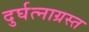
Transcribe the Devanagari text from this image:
दुर्घत्नाग्रस्त